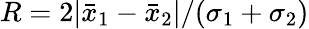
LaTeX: R=2|\bar{x}_{1}-\bar{x}_{2}|/(\sigma_{1}+\sigma_{2})